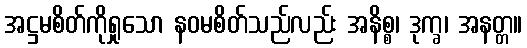
အဋ္ဌမစိတ်ကိုရှုသော နဝမစိတ်သည်လည်း အနိစ္စ၊ ဒုက္ခ၊ အနတ္တ။